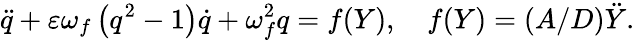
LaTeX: \ddot{q}+\varepsilon{\omega_{f}}\left({{q^{2}}-1}\right)\dot{q}+\omega_{f}^{2}q=f(Y),\quad f(Y)=(A/D)\ddot{Y}.